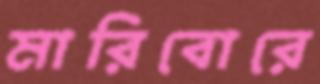
মারিবোরে